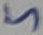
Text: 5